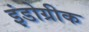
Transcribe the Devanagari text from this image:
इंडोग्रीक